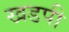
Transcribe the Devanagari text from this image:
खडपी